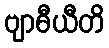
ဗျာဓီယီတိ